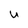
Character: u